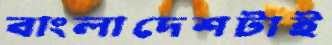
বাংলাদেশটাই